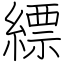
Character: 縹